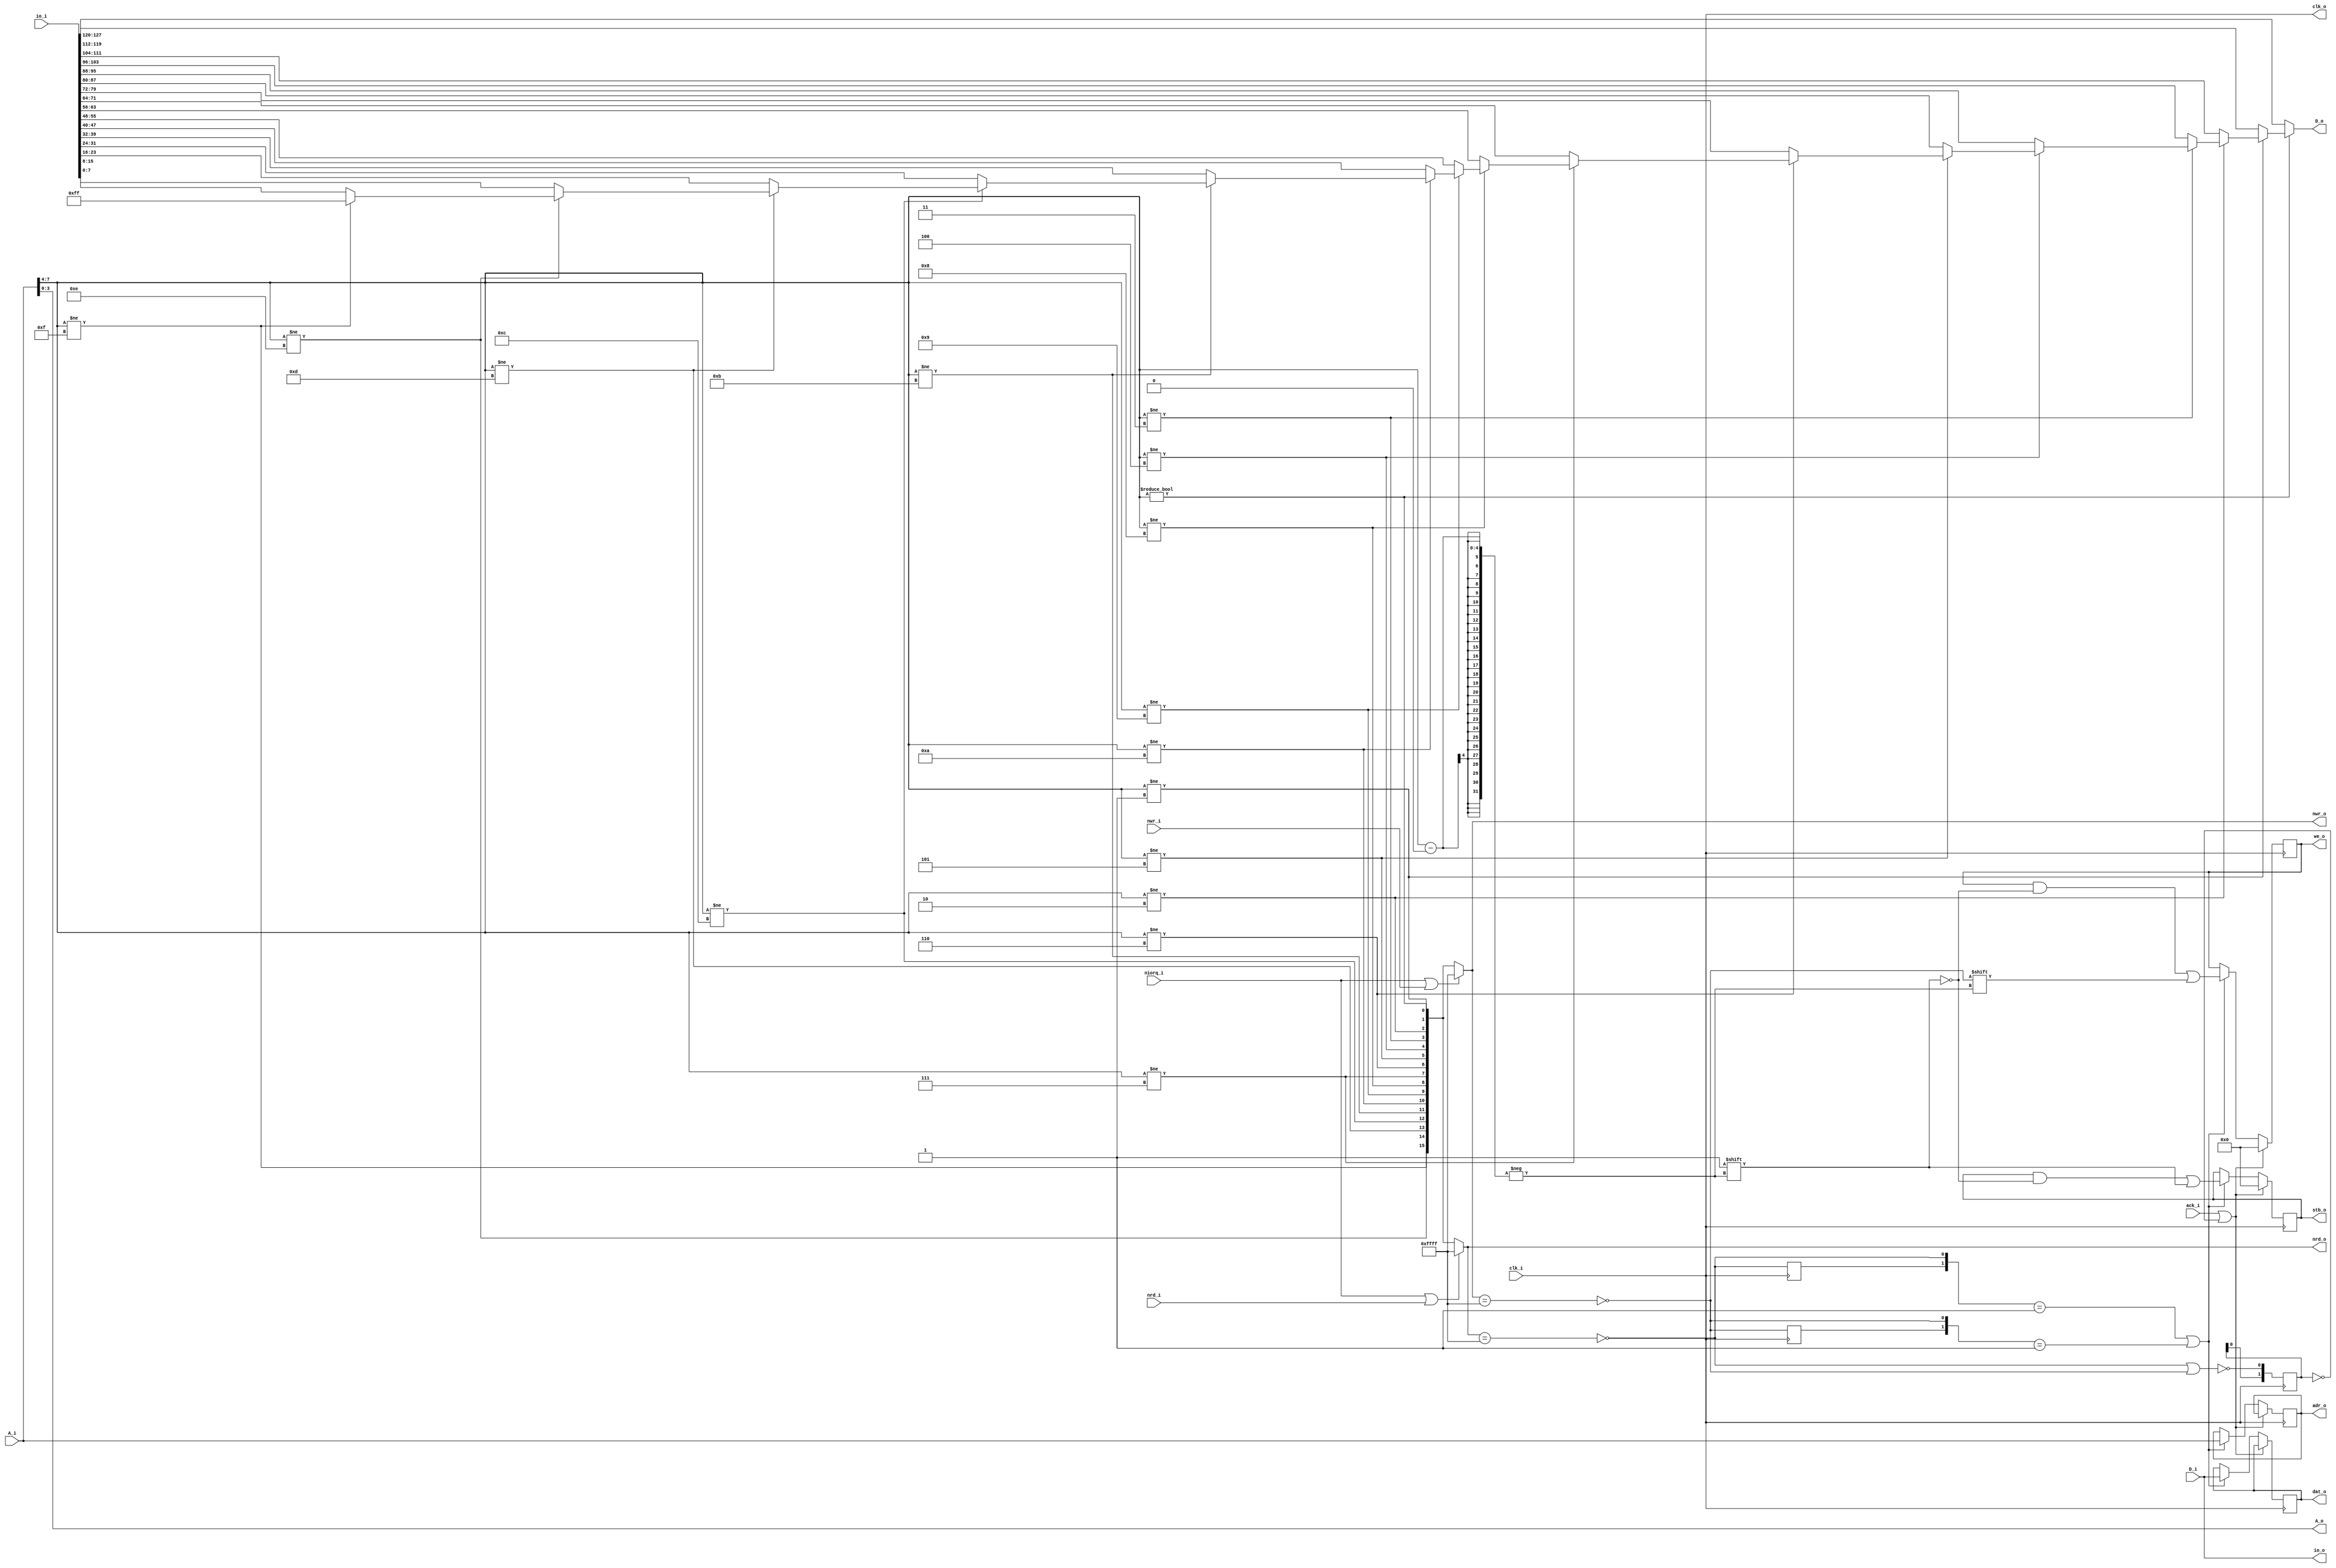
module support_io_if(
	input 			clk_i,
	input [7:0] 	A_i,
	input [7:0] 	D_i,
	output [7:0] 	D_o,
	input				nrd_i,
	input				nwr_i,
	input				niorq_i,
	output			clk_o,
	output [3:0]	A_o,
	output [15:0]	nrd_o,		
	output [15:0]	nwr_o,		
	output [7:0]	io_o,		
	input [8*16-1:0] io_i,	
	input  			ack_i,	
	output [15:0]	we_o,		
	output [15:0]	stb_o,		
	output [7:0]	adr_o,	
	output [7:0]	dat_o		
);
	wire io_nwr, io_nrd;
	wire [3:0] a_decode, b_decode;
	wire [15:0] four_to_sixteen;
	reg [15:0]		wb_we		= 0;
	reg [15:0]		wb_stb	= 0;
	reg [7:0]		wb_adr = 8'hff;
	reg [7:0]		wb_dat = 8'hff;
	assign clk_o = clk_i;	
	assign io_nwr = niorq_i | nwr_i;
	assign io_nrd = niorq_i | nrd_i;
	assign a_decode = A_i[7:4];
	assign b_decode = A_i[3:0];
	assign io_o = D_i;
	assign we_o = wb_we;
	assign stb_o = wb_stb;
	assign adr_o = wb_adr;
	assign dat_o = wb_dat;
	assign four_to_sixteen = {
				(a_decode != 4'd15),
				(a_decode != 4'd14),
				(a_decode != 4'd13),
				(a_decode != 4'd12),
				(a_decode != 4'd11),
				(a_decode != 4'd10),
				(a_decode != 4'd9),
				(a_decode != 4'd8),
				(a_decode != 4'd7),
				(a_decode != 4'd6),
				(a_decode != 4'd5),
				(a_decode != 4'd4),
				(a_decode != 4'd3),
				(a_decode != 4'd2),
				(a_decode != 4'd1),
				(a_decode != 4'd0)
			};
	assign nwr_o = (io_nwr) ? 16'hffff : four_to_sixteen;
	assign nrd_o = (io_nrd) ? 16'hffff : four_to_sixteen;
	assign A_o = b_decode;		
	assign D_o = (!four_to_sixteen[0]) ? io_i[16*8-1:15*8] :
					 (!four_to_sixteen[1]) ? io_i[15*8-1:14*8] :
					 (!four_to_sixteen[2]) ? io_i[14*8-1:13*8] :
					 (!four_to_sixteen[3]) ? io_i[13*8-1:12*8] :
					 (!four_to_sixteen[4]) ? io_i[12*8-1:11*8] :
					 (!four_to_sixteen[5]) ? io_i[11*8-1:10*8] :
					 (!four_to_sixteen[6]) ? io_i[10*8-1:9*8] :
					 (!four_to_sixteen[7]) ? io_i[9*8-1:8*8] :
					 (!four_to_sixteen[8]) ? io_i[8*8-1:7*8] :
					 (!four_to_sixteen[9]) ? io_i[7*8-1:6*8] :
					 (!four_to_sixteen[10]) ? io_i[6*8-1:5*8] :
					 (!four_to_sixteen[11]) ? io_i[5*8-1:4*8] :
					 (!four_to_sixteen[12]) ? io_i[4*8-1:3*8] :
					 (!four_to_sixteen[13]) ? io_i[3*8-1:2*8] :
					 (!four_to_sixteen[14]) ? io_i[2*8-1:1*8] :
					 (!four_to_sixteen[15]) ? io_i[1*8-1:0*8] :
					 8'hff;
	wire is_rd = !(nrd_o == 16'hffff);
	wire is_wr = !(nwr_o == 16'hffff);
	reg track_rd, track_wr;
	wire rd_rise = ({track_rd,is_rd} == 2'b01);
	wire wr_rise = ({track_wr,is_wr} == 2'b01);
	reg [1:0] track_ack_res = 0;
	always @(negedge clk_i) track_ack_res = {track_ack_res[0], !(is_rd | is_wr)};
	wire force_ack = (track_ack_res == 2'd0);
	always @(negedge clk_i)
	begin
		track_rd <= is_rd;
		track_wr <= is_wr;
	end
	always @(posedge clk_i)
	begin
		if( ack_i | force_ack )	
		begin
			wb_stb <= 16'b0;			
			wb_we <= 16'b0;
		end
		else begin
			if( rd_rise | wr_rise )
			begin
				wb_adr <= A_i;
				wb_dat <= D_i;
				wb_stb[a_decode] <= 1'b1;
				wb_we[a_decode] <= is_wr;
			end
		end
	end
endmodule